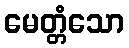
မေတ္တံသော